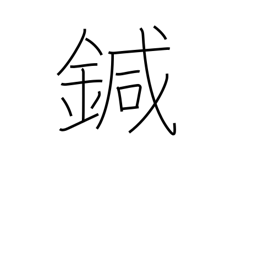
Meaning: needle